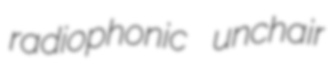
radiophonic unchair